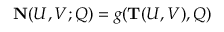
{ \bf N } ( U , V ; Q ) = g ( { \bf T } ( U , V ) , Q )